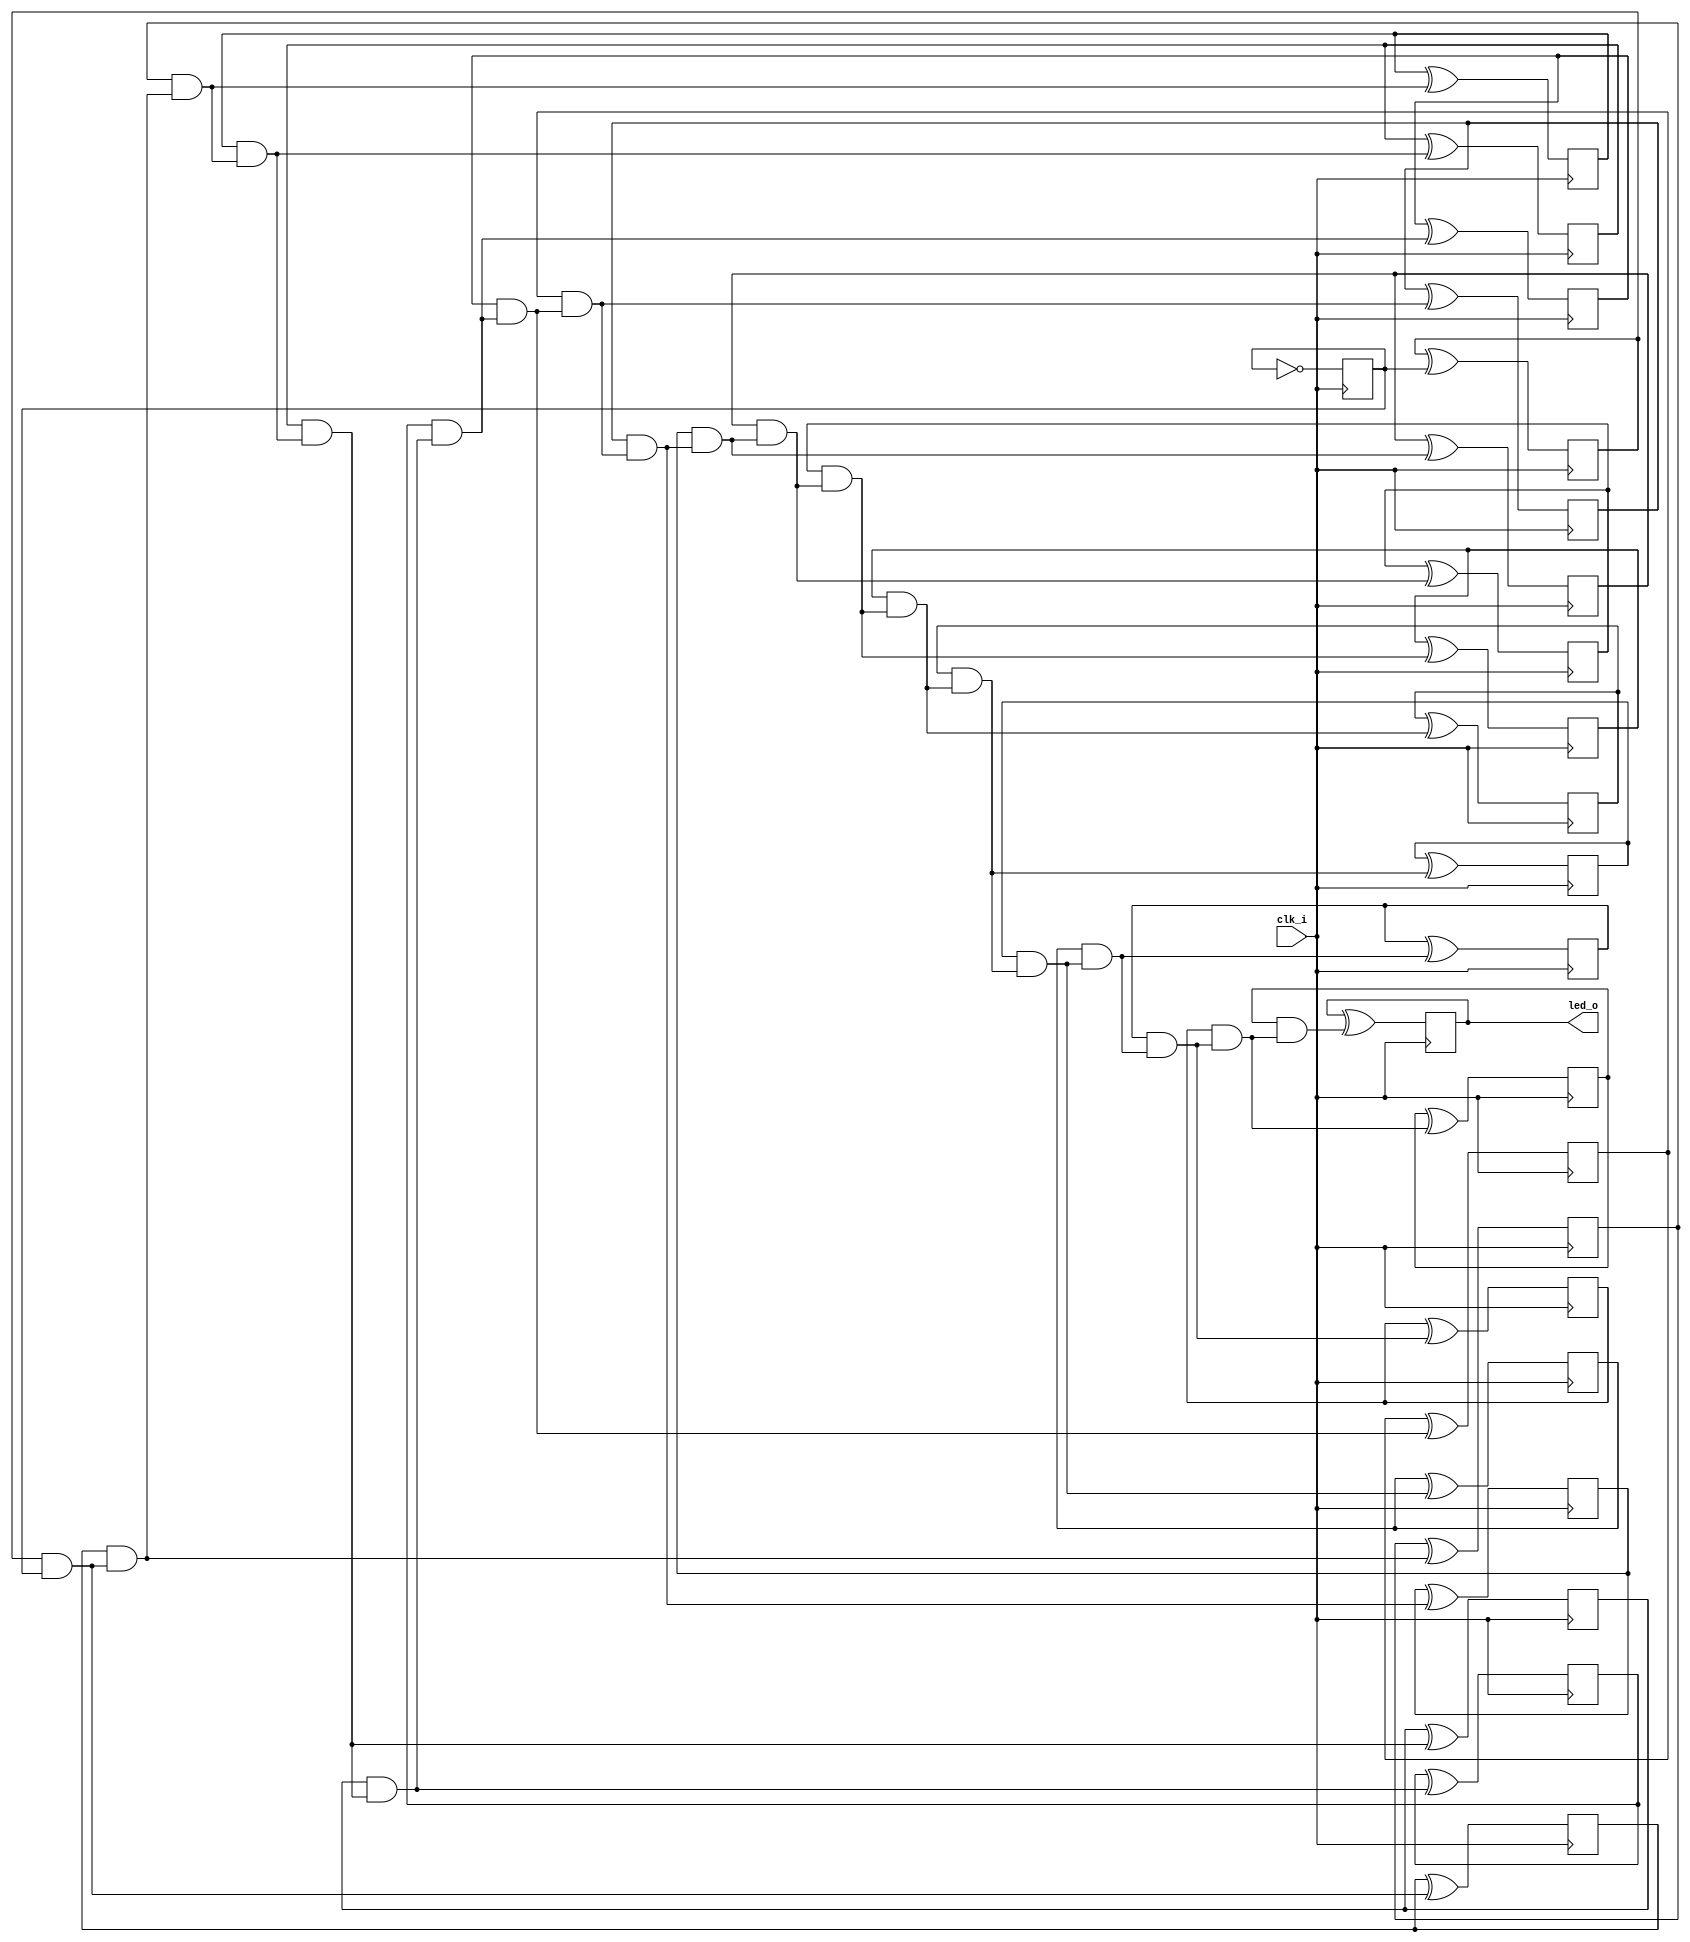
// Generated by MyHDL 0.11


`timescale 1ns/10ps

module blinker (
    clk_i,
    led_o
);
// Inputs:
//   clk_i:  This is a clock signal input.
//   length: This is the number of bits in the counter that generates the led_o output.
// Outputs:
//   led_o:  This is an output signal that drives an LED on and off.

input clk_i;
output led_o;
wire led_o;

wire [21:0] cnt;
wire [21:0] chunk_insts_0_next_cnt;
wire [21:0] chunk_insts_0_one;
reg chunk_insts_0_k_chunk_insts_0_q_o;
reg chunk_insts_0_k_chunk_insts_3_q_o;
reg chunk_insts_0_k_k_q_o;
reg chunk_insts_0_k_chunk_insts_18_q_o;
reg chunk_insts_0_k_chunk_insts_21_q_o;
reg chunk_insts_0_k_chunk_insts_15_q_o;
reg chunk_insts_0_k_chunk_insts_20_q_o;
reg chunk_insts_0_k_chunk_insts_19_q_o;
reg chunk_insts_0_k_chunk_insts_17_q_o;
reg chunk_insts_0_k_chunk_insts_16_q_o;
reg chunk_insts_0_k_chunk_insts_14_q_o;
reg chunk_insts_0_k_chunk_insts_13_q_o;
reg chunk_insts_0_k_chunk_insts_12_q_o;
reg chunk_insts_0_k_chunk_insts_1_q_o;
reg chunk_insts_0_k_chunk_insts_9_q_o;
reg chunk_insts_0_k_chunk_insts_8_q_o;
reg chunk_insts_0_k_chunk_insts_11_q_o;
reg chunk_insts_0_k_chunk_insts_4_q_o;
reg chunk_insts_0_k_chunk_insts_10_q_o;
reg chunk_insts_0_k_chunk_insts_2_q_o;
reg chunk_insts_0_k_chunk_insts_7_q_o;
reg chunk_insts_0_k_chunk_insts_6_q_o;
wire [21:0] chunk_insts_0_k_chunk_insts_6_chunk_insts_5_a;
wire [22:0] chunk_insts_0_chunk_insts_0_c;
wire chunk_insts_0_chunk_insts_0_chunk_insts_10_s_o;
wire chunk_insts_0_chunk_insts_0_chunk_insts_10_c_o;
wire chunk_insts_0_chunk_insts_0_chunk_insts_12_s_o;
wire chunk_insts_0_chunk_insts_0_chunk_insts_12_c_o;
wire chunk_insts_0_chunk_insts_0_chunk_insts_11_s_o;
wire chunk_insts_0_chunk_insts_0_chunk_insts_11_c_o;
wire chunk_insts_0_chunk_insts_0_chunk_insts_9_s_o;
wire chunk_insts_0_chunk_insts_0_chunk_insts_9_c_o;
wire chunk_insts_0_chunk_insts_0_chunk_insts_8_s_o;
wire chunk_insts_0_chunk_insts_0_chunk_insts_8_c_o;
wire chunk_insts_0_chunk_insts_0_chunk_insts_7_s_o;
wire chunk_insts_0_chunk_insts_0_chunk_insts_7_c_o;
wire chunk_insts_0_chunk_insts_0_chunk_insts_6_s_o;
wire chunk_insts_0_chunk_insts_0_chunk_insts_6_c_o;
wire chunk_insts_0_chunk_insts_0_chunk_insts_5_s_o;
wire chunk_insts_0_chunk_insts_0_chunk_insts_5_c_o;
wire chunk_insts_0_chunk_insts_0_chunk_insts_1_s_o;
wire chunk_insts_0_chunk_insts_0_chunk_insts_1_c_o;
wire chunk_insts_0_chunk_insts_0_chunk_insts_4_s_o;
wire chunk_insts_0_chunk_insts_0_chunk_insts_4_c_o;
wire chunk_insts_0_chunk_insts_0_chunk_insts_3_s_o;
wire chunk_insts_0_chunk_insts_0_chunk_insts_3_c_o;
wire chunk_insts_0_chunk_insts_0_chunk_insts_2_s_o;
wire chunk_insts_0_chunk_insts_0_chunk_insts_2_c_o;
wire chunk_insts_0_chunk_insts_0_chunk_insts_0_s_o;
wire chunk_insts_0_chunk_insts_0_chunk_insts_0_c_o;
wire chunk_insts_0_chunk_insts_0_chunk_insts_16_s_o;
wire chunk_insts_0_chunk_insts_0_chunk_insts_16_c_o;
wire chunk_insts_0_chunk_insts_0_chunk_insts_15_s_o;
wire chunk_insts_0_chunk_insts_0_chunk_insts_15_c_o;
wire chunk_insts_0_chunk_insts_0_chunk_insts_17_s_o;
wire chunk_insts_0_chunk_insts_0_chunk_insts_17_c_o;
wire chunk_insts_0_chunk_insts_0_chunk_insts_22_s_o;
wire chunk_insts_0_chunk_insts_0_chunk_insts_22_c_o;
wire chunk_insts_0_chunk_insts_0_chunk_insts_18_s_o;
wire chunk_insts_0_chunk_insts_0_chunk_insts_18_c_o;
wire chunk_insts_0_chunk_insts_0_chunk_insts_19_s_o;
wire chunk_insts_0_chunk_insts_0_chunk_insts_19_c_o;
wire chunk_insts_0_chunk_insts_0_chunk_insts_13_s_o;
wire chunk_insts_0_chunk_insts_0_chunk_insts_13_c_o;
wire chunk_insts_0_chunk_insts_0_chunk_insts_21_s_o;
wire chunk_insts_0_chunk_insts_0_chunk_insts_21_c_o;
wire chunk_insts_0_chunk_insts_0_k_s_o;
wire chunk_insts_0_chunk_insts_0_k_c_o;
wire [21:0] chunk_insts_0_chunk_insts_0_k_chunk_insts_20_a;
wire [22:0] chunk_insts_0_chunk_insts_0_k_chunk_insts_14_a;

assign chunk_insts_0_one = 22'd1;
assign chunk_insts_0_k_chunk_insts_6_chunk_insts_5_a[21] = chunk_insts_0_k_chunk_insts_0_q_o;
assign chunk_insts_0_k_chunk_insts_6_chunk_insts_5_a[20] = chunk_insts_0_k_chunk_insts_3_q_o;
assign chunk_insts_0_k_chunk_insts_6_chunk_insts_5_a[19] = chunk_insts_0_k_k_q_o;
assign chunk_insts_0_k_chunk_insts_6_chunk_insts_5_a[18] = chunk_insts_0_k_chunk_insts_18_q_o;
assign chunk_insts_0_k_chunk_insts_6_chunk_insts_5_a[17] = chunk_insts_0_k_chunk_insts_21_q_o;
assign chunk_insts_0_k_chunk_insts_6_chunk_insts_5_a[16] = chunk_insts_0_k_chunk_insts_15_q_o;
assign chunk_insts_0_k_chunk_insts_6_chunk_insts_5_a[15] = chunk_insts_0_k_chunk_insts_20_q_o;
assign chunk_insts_0_k_chunk_insts_6_chunk_insts_5_a[14] = chunk_insts_0_k_chunk_insts_19_q_o;
assign chunk_insts_0_k_chunk_insts_6_chunk_insts_5_a[13] = chunk_insts_0_k_chunk_insts_17_q_o;
assign chunk_insts_0_k_chunk_insts_6_chunk_insts_5_a[12] = chunk_insts_0_k_chunk_insts_16_q_o;
assign chunk_insts_0_k_chunk_insts_6_chunk_insts_5_a[11] = chunk_insts_0_k_chunk_insts_14_q_o;
assign chunk_insts_0_k_chunk_insts_6_chunk_insts_5_a[10] = chunk_insts_0_k_chunk_insts_13_q_o;
assign chunk_insts_0_k_chunk_insts_6_chunk_insts_5_a[9] = chunk_insts_0_k_chunk_insts_12_q_o;
assign chunk_insts_0_k_chunk_insts_6_chunk_insts_5_a[8] = chunk_insts_0_k_chunk_insts_1_q_o;
assign chunk_insts_0_k_chunk_insts_6_chunk_insts_5_a[7] = chunk_insts_0_k_chunk_insts_9_q_o;
assign chunk_insts_0_k_chunk_insts_6_chunk_insts_5_a[6] = chunk_insts_0_k_chunk_insts_8_q_o;
assign chunk_insts_0_k_chunk_insts_6_chunk_insts_5_a[5] = chunk_insts_0_k_chunk_insts_11_q_o;
assign chunk_insts_0_k_chunk_insts_6_chunk_insts_5_a[4] = chunk_insts_0_k_chunk_insts_4_q_o;
assign chunk_insts_0_k_chunk_insts_6_chunk_insts_5_a[3] = chunk_insts_0_k_chunk_insts_10_q_o;
assign chunk_insts_0_k_chunk_insts_6_chunk_insts_5_a[2] = chunk_insts_0_k_chunk_insts_2_q_o;
assign chunk_insts_0_k_chunk_insts_6_chunk_insts_5_a[1] = chunk_insts_0_k_chunk_insts_7_q_o;
assign chunk_insts_0_k_chunk_insts_6_chunk_insts_5_a[0] = chunk_insts_0_k_chunk_insts_6_q_o;
assign chunk_insts_0_chunk_insts_0_k_chunk_insts_20_a[21] = chunk_insts_0_chunk_insts_0_chunk_insts_10_s_o;
assign chunk_insts_0_chunk_insts_0_k_chunk_insts_20_a[20] = chunk_insts_0_chunk_insts_0_chunk_insts_12_s_o;
assign chunk_insts_0_chunk_insts_0_k_chunk_insts_20_a[19] = chunk_insts_0_chunk_insts_0_chunk_insts_11_s_o;
assign chunk_insts_0_chunk_insts_0_k_chunk_insts_20_a[18] = chunk_insts_0_chunk_insts_0_chunk_insts_9_s_o;
assign chunk_insts_0_chunk_insts_0_k_chunk_insts_20_a[17] = chunk_insts_0_chunk_insts_0_chunk_insts_8_s_o;
assign chunk_insts_0_chunk_insts_0_k_chunk_insts_20_a[16] = chunk_insts_0_chunk_insts_0_chunk_insts_7_s_o;
assign chunk_insts_0_chunk_insts_0_k_chunk_insts_20_a[15] = chunk_insts_0_chunk_insts_0_chunk_insts_6_s_o;
assign chunk_insts_0_chunk_insts_0_k_chunk_insts_20_a[14] = chunk_insts_0_chunk_insts_0_chunk_insts_5_s_o;
assign chunk_insts_0_chunk_insts_0_k_chunk_insts_20_a[13] = chunk_insts_0_chunk_insts_0_chunk_insts_1_s_o;
assign chunk_insts_0_chunk_insts_0_k_chunk_insts_20_a[12] = chunk_insts_0_chunk_insts_0_chunk_insts_4_s_o;
assign chunk_insts_0_chunk_insts_0_k_chunk_insts_20_a[11] = chunk_insts_0_chunk_insts_0_chunk_insts_3_s_o;
assign chunk_insts_0_chunk_insts_0_k_chunk_insts_20_a[10] = chunk_insts_0_chunk_insts_0_chunk_insts_2_s_o;
assign chunk_insts_0_chunk_insts_0_k_chunk_insts_20_a[9] = chunk_insts_0_chunk_insts_0_chunk_insts_0_s_o;
assign chunk_insts_0_chunk_insts_0_k_chunk_insts_20_a[8] = chunk_insts_0_chunk_insts_0_chunk_insts_16_s_o;
assign chunk_insts_0_chunk_insts_0_k_chunk_insts_20_a[7] = chunk_insts_0_chunk_insts_0_chunk_insts_15_s_o;
assign chunk_insts_0_chunk_insts_0_k_chunk_insts_20_a[6] = chunk_insts_0_chunk_insts_0_chunk_insts_17_s_o;
assign chunk_insts_0_chunk_insts_0_k_chunk_insts_20_a[5] = chunk_insts_0_chunk_insts_0_chunk_insts_22_s_o;
assign chunk_insts_0_chunk_insts_0_k_chunk_insts_20_a[4] = chunk_insts_0_chunk_insts_0_chunk_insts_18_s_o;
assign chunk_insts_0_chunk_insts_0_k_chunk_insts_20_a[3] = chunk_insts_0_chunk_insts_0_chunk_insts_19_s_o;
assign chunk_insts_0_chunk_insts_0_k_chunk_insts_20_a[2] = chunk_insts_0_chunk_insts_0_chunk_insts_13_s_o;
assign chunk_insts_0_chunk_insts_0_k_chunk_insts_20_a[1] = chunk_insts_0_chunk_insts_0_chunk_insts_21_s_o;
assign chunk_insts_0_chunk_insts_0_k_chunk_insts_20_a[0] = chunk_insts_0_chunk_insts_0_k_s_o;
assign chunk_insts_0_chunk_insts_0_k_chunk_insts_14_a[22] = chunk_insts_0_chunk_insts_0_chunk_insts_10_c_o;
assign chunk_insts_0_chunk_insts_0_k_chunk_insts_14_a[21] = chunk_insts_0_chunk_insts_0_chunk_insts_12_c_o;
assign chunk_insts_0_chunk_insts_0_k_chunk_insts_14_a[20] = chunk_insts_0_chunk_insts_0_chunk_insts_11_c_o;
assign chunk_insts_0_chunk_insts_0_k_chunk_insts_14_a[19] = chunk_insts_0_chunk_insts_0_chunk_insts_9_c_o;
assign chunk_insts_0_chunk_insts_0_k_chunk_insts_14_a[18] = chunk_insts_0_chunk_insts_0_chunk_insts_8_c_o;
assign chunk_insts_0_chunk_insts_0_k_chunk_insts_14_a[17] = chunk_insts_0_chunk_insts_0_chunk_insts_7_c_o;
assign chunk_insts_0_chunk_insts_0_k_chunk_insts_14_a[16] = chunk_insts_0_chunk_insts_0_chunk_insts_6_c_o;
assign chunk_insts_0_chunk_insts_0_k_chunk_insts_14_a[15] = chunk_insts_0_chunk_insts_0_chunk_insts_5_c_o;
assign chunk_insts_0_chunk_insts_0_k_chunk_insts_14_a[14] = chunk_insts_0_chunk_insts_0_chunk_insts_1_c_o;
assign chunk_insts_0_chunk_insts_0_k_chunk_insts_14_a[13] = chunk_insts_0_chunk_insts_0_chunk_insts_4_c_o;
assign chunk_insts_0_chunk_insts_0_k_chunk_insts_14_a[12] = chunk_insts_0_chunk_insts_0_chunk_insts_3_c_o;
assign chunk_insts_0_chunk_insts_0_k_chunk_insts_14_a[11] = chunk_insts_0_chunk_insts_0_chunk_insts_2_c_o;
assign chunk_insts_0_chunk_insts_0_k_chunk_insts_14_a[10] = chunk_insts_0_chunk_insts_0_chunk_insts_0_c_o;
assign chunk_insts_0_chunk_insts_0_k_chunk_insts_14_a[9] = chunk_insts_0_chunk_insts_0_chunk_insts_16_c_o;
assign chunk_insts_0_chunk_insts_0_k_chunk_insts_14_a[8] = chunk_insts_0_chunk_insts_0_chunk_insts_15_c_o;
assign chunk_insts_0_chunk_insts_0_k_chunk_insts_14_a[7] = chunk_insts_0_chunk_insts_0_chunk_insts_17_c_o;
assign chunk_insts_0_chunk_insts_0_k_chunk_insts_14_a[6] = chunk_insts_0_chunk_insts_0_chunk_insts_22_c_o;
assign chunk_insts_0_chunk_insts_0_k_chunk_insts_14_a[5] = chunk_insts_0_chunk_insts_0_chunk_insts_18_c_o;
assign chunk_insts_0_chunk_insts_0_k_chunk_insts_14_a[4] = chunk_insts_0_chunk_insts_0_chunk_insts_19_c_o;
assign chunk_insts_0_chunk_insts_0_k_chunk_insts_14_a[3] = chunk_insts_0_chunk_insts_0_chunk_insts_13_c_o;
assign chunk_insts_0_chunk_insts_0_k_chunk_insts_14_a[2] = chunk_insts_0_chunk_insts_0_chunk_insts_21_c_o;
assign chunk_insts_0_chunk_insts_0_k_chunk_insts_14_a[1] = chunk_insts_0_chunk_insts_0_k_c_o;
assign chunk_insts_0_chunk_insts_0_k_chunk_insts_14_a[0] = 0;



assign chunk_insts_0_chunk_insts_0_chunk_insts_0_s_o = ((chunk_insts_0_one[9] ^ cnt[9]) ^ chunk_insts_0_chunk_insts_0_c[9]);
assign chunk_insts_0_chunk_insts_0_chunk_insts_0_c_o = (((chunk_insts_0_one[9] & cnt[9]) | (chunk_insts_0_one[9] & chunk_insts_0_chunk_insts_0_c[9])) | (cnt[9] & chunk_insts_0_chunk_insts_0_c[9]));



assign chunk_insts_0_chunk_insts_0_chunk_insts_1_s_o = ((chunk_insts_0_one[13] ^ cnt[13]) ^ chunk_insts_0_chunk_insts_0_c[13]);
assign chunk_insts_0_chunk_insts_0_chunk_insts_1_c_o = (((chunk_insts_0_one[13] & cnt[13]) | (chunk_insts_0_one[13] & chunk_insts_0_chunk_insts_0_c[13])) | (cnt[13] & chunk_insts_0_chunk_insts_0_c[13]));



assign chunk_insts_0_chunk_insts_0_chunk_insts_2_s_o = ((chunk_insts_0_one[10] ^ cnt[10]) ^ chunk_insts_0_chunk_insts_0_c[10]);
assign chunk_insts_0_chunk_insts_0_chunk_insts_2_c_o = (((chunk_insts_0_one[10] & cnt[10]) | (chunk_insts_0_one[10] & chunk_insts_0_chunk_insts_0_c[10])) | (cnt[10] & chunk_insts_0_chunk_insts_0_c[10]));



assign chunk_insts_0_chunk_insts_0_chunk_insts_3_s_o = ((chunk_insts_0_one[11] ^ cnt[11]) ^ chunk_insts_0_chunk_insts_0_c[11]);
assign chunk_insts_0_chunk_insts_0_chunk_insts_3_c_o = (((chunk_insts_0_one[11] & cnt[11]) | (chunk_insts_0_one[11] & chunk_insts_0_chunk_insts_0_c[11])) | (cnt[11] & chunk_insts_0_chunk_insts_0_c[11]));



assign chunk_insts_0_chunk_insts_0_chunk_insts_4_s_o = ((chunk_insts_0_one[12] ^ cnt[12]) ^ chunk_insts_0_chunk_insts_0_c[12]);
assign chunk_insts_0_chunk_insts_0_chunk_insts_4_c_o = (((chunk_insts_0_one[12] & cnt[12]) | (chunk_insts_0_one[12] & chunk_insts_0_chunk_insts_0_c[12])) | (cnt[12] & chunk_insts_0_chunk_insts_0_c[12]));



assign chunk_insts_0_chunk_insts_0_chunk_insts_5_s_o = ((chunk_insts_0_one[14] ^ cnt[14]) ^ chunk_insts_0_chunk_insts_0_c[14]);
assign chunk_insts_0_chunk_insts_0_chunk_insts_5_c_o = (((chunk_insts_0_one[14] & cnt[14]) | (chunk_insts_0_one[14] & chunk_insts_0_chunk_insts_0_c[14])) | (cnt[14] & chunk_insts_0_chunk_insts_0_c[14]));



assign chunk_insts_0_chunk_insts_0_chunk_insts_6_s_o = ((chunk_insts_0_one[15] ^ cnt[15]) ^ chunk_insts_0_chunk_insts_0_c[15]);
assign chunk_insts_0_chunk_insts_0_chunk_insts_6_c_o = (((chunk_insts_0_one[15] & cnt[15]) | (chunk_insts_0_one[15] & chunk_insts_0_chunk_insts_0_c[15])) | (cnt[15] & chunk_insts_0_chunk_insts_0_c[15]));



assign chunk_insts_0_chunk_insts_0_chunk_insts_7_s_o = ((chunk_insts_0_one[16] ^ cnt[16]) ^ chunk_insts_0_chunk_insts_0_c[16]);
assign chunk_insts_0_chunk_insts_0_chunk_insts_7_c_o = (((chunk_insts_0_one[16] & cnt[16]) | (chunk_insts_0_one[16] & chunk_insts_0_chunk_insts_0_c[16])) | (cnt[16] & chunk_insts_0_chunk_insts_0_c[16]));



assign chunk_insts_0_chunk_insts_0_chunk_insts_8_s_o = ((chunk_insts_0_one[17] ^ cnt[17]) ^ chunk_insts_0_chunk_insts_0_c[17]);
assign chunk_insts_0_chunk_insts_0_chunk_insts_8_c_o = (((chunk_insts_0_one[17] & cnt[17]) | (chunk_insts_0_one[17] & chunk_insts_0_chunk_insts_0_c[17])) | (cnt[17] & chunk_insts_0_chunk_insts_0_c[17]));



assign chunk_insts_0_chunk_insts_0_chunk_insts_9_s_o = ((chunk_insts_0_one[18] ^ cnt[18]) ^ chunk_insts_0_chunk_insts_0_c[18]);
assign chunk_insts_0_chunk_insts_0_chunk_insts_9_c_o = (((chunk_insts_0_one[18] & cnt[18]) | (chunk_insts_0_one[18] & chunk_insts_0_chunk_insts_0_c[18])) | (cnt[18] & chunk_insts_0_chunk_insts_0_c[18]));



assign chunk_insts_0_chunk_insts_0_chunk_insts_10_s_o = ((chunk_insts_0_one[21] ^ cnt[21]) ^ chunk_insts_0_chunk_insts_0_c[21]);
assign chunk_insts_0_chunk_insts_0_chunk_insts_10_c_o = (((chunk_insts_0_one[21] & cnt[21]) | (chunk_insts_0_one[21] & chunk_insts_0_chunk_insts_0_c[21])) | (cnt[21] & chunk_insts_0_chunk_insts_0_c[21]));



assign chunk_insts_0_chunk_insts_0_chunk_insts_11_s_o = ((chunk_insts_0_one[19] ^ cnt[19]) ^ chunk_insts_0_chunk_insts_0_c[19]);
assign chunk_insts_0_chunk_insts_0_chunk_insts_11_c_o = (((chunk_insts_0_one[19] & cnt[19]) | (chunk_insts_0_one[19] & chunk_insts_0_chunk_insts_0_c[19])) | (cnt[19] & chunk_insts_0_chunk_insts_0_c[19]));



assign chunk_insts_0_chunk_insts_0_chunk_insts_12_s_o = ((chunk_insts_0_one[20] ^ cnt[20]) ^ chunk_insts_0_chunk_insts_0_c[20]);
assign chunk_insts_0_chunk_insts_0_chunk_insts_12_c_o = (((chunk_insts_0_one[20] & cnt[20]) | (chunk_insts_0_one[20] & chunk_insts_0_chunk_insts_0_c[20])) | (cnt[20] & chunk_insts_0_chunk_insts_0_c[20]));



assign chunk_insts_0_chunk_insts_0_chunk_insts_13_s_o = ((chunk_insts_0_one[2] ^ cnt[2]) ^ chunk_insts_0_chunk_insts_0_c[2]);
assign chunk_insts_0_chunk_insts_0_chunk_insts_13_c_o = (((chunk_insts_0_one[2] & cnt[2]) | (chunk_insts_0_one[2] & chunk_insts_0_chunk_insts_0_c[2])) | (cnt[2] & chunk_insts_0_chunk_insts_0_c[2]));



assign chunk_insts_0_chunk_insts_0_c = chunk_insts_0_chunk_insts_0_k_chunk_insts_14_a;



assign chunk_insts_0_chunk_insts_0_chunk_insts_15_s_o = ((chunk_insts_0_one[7] ^ cnt[7]) ^ chunk_insts_0_chunk_insts_0_c[7]);
assign chunk_insts_0_chunk_insts_0_chunk_insts_15_c_o = (((chunk_insts_0_one[7] & cnt[7]) | (chunk_insts_0_one[7] & chunk_insts_0_chunk_insts_0_c[7])) | (cnt[7] & chunk_insts_0_chunk_insts_0_c[7]));



assign chunk_insts_0_chunk_insts_0_chunk_insts_16_s_o = ((chunk_insts_0_one[8] ^ cnt[8]) ^ chunk_insts_0_chunk_insts_0_c[8]);
assign chunk_insts_0_chunk_insts_0_chunk_insts_16_c_o = (((chunk_insts_0_one[8] & cnt[8]) | (chunk_insts_0_one[8] & chunk_insts_0_chunk_insts_0_c[8])) | (cnt[8] & chunk_insts_0_chunk_insts_0_c[8]));



assign chunk_insts_0_chunk_insts_0_chunk_insts_17_s_o = ((chunk_insts_0_one[6] ^ cnt[6]) ^ chunk_insts_0_chunk_insts_0_c[6]);
assign chunk_insts_0_chunk_insts_0_chunk_insts_17_c_o = (((chunk_insts_0_one[6] & cnt[6]) | (chunk_insts_0_one[6] & chunk_insts_0_chunk_insts_0_c[6])) | (cnt[6] & chunk_insts_0_chunk_insts_0_c[6]));



assign chunk_insts_0_chunk_insts_0_chunk_insts_18_s_o = ((chunk_insts_0_one[4] ^ cnt[4]) ^ chunk_insts_0_chunk_insts_0_c[4]);
assign chunk_insts_0_chunk_insts_0_chunk_insts_18_c_o = (((chunk_insts_0_one[4] & cnt[4]) | (chunk_insts_0_one[4] & chunk_insts_0_chunk_insts_0_c[4])) | (cnt[4] & chunk_insts_0_chunk_insts_0_c[4]));



assign chunk_insts_0_chunk_insts_0_chunk_insts_19_s_o = ((chunk_insts_0_one[3] ^ cnt[3]) ^ chunk_insts_0_chunk_insts_0_c[3]);
assign chunk_insts_0_chunk_insts_0_chunk_insts_19_c_o = (((chunk_insts_0_one[3] & cnt[3]) | (chunk_insts_0_one[3] & chunk_insts_0_chunk_insts_0_c[3])) | (cnt[3] & chunk_insts_0_chunk_insts_0_c[3]));



assign chunk_insts_0_next_cnt = chunk_insts_0_chunk_insts_0_k_chunk_insts_20_a;



assign chunk_insts_0_chunk_insts_0_chunk_insts_21_s_o = ((chunk_insts_0_one[1] ^ cnt[1]) ^ chunk_insts_0_chunk_insts_0_c[1]);
assign chunk_insts_0_chunk_insts_0_chunk_insts_21_c_o = (((chunk_insts_0_one[1] & cnt[1]) | (chunk_insts_0_one[1] & chunk_insts_0_chunk_insts_0_c[1])) | (cnt[1] & chunk_insts_0_chunk_insts_0_c[1]));



assign chunk_insts_0_chunk_insts_0_chunk_insts_22_s_o = ((chunk_insts_0_one[5] ^ cnt[5]) ^ chunk_insts_0_chunk_insts_0_c[5]);
assign chunk_insts_0_chunk_insts_0_chunk_insts_22_c_o = (((chunk_insts_0_one[5] & cnt[5]) | (chunk_insts_0_one[5] & chunk_insts_0_chunk_insts_0_c[5])) | (cnt[5] & chunk_insts_0_chunk_insts_0_c[5]));



assign chunk_insts_0_chunk_insts_0_k_s_o = ((chunk_insts_0_one[0] ^ cnt[0]) ^ chunk_insts_0_chunk_insts_0_c[0]);
assign chunk_insts_0_chunk_insts_0_k_c_o = (((chunk_insts_0_one[0] & cnt[0]) | (chunk_insts_0_one[0] & chunk_insts_0_chunk_insts_0_c[0])) | (cnt[0] & chunk_insts_0_chunk_insts_0_c[0]));


always @(posedge clk_i) begin: BLINKER_LOC_INSTS_CHUNK_INSTS_0_LOC_INSTS_CHUNK_INSTS_K_LOC_INSTS_CHUNK_INSTS_0_LOC_INSTS_CHUNK_INSTS_K
    chunk_insts_0_k_chunk_insts_0_q_o <= chunk_insts_0_next_cnt[21];
end


always @(posedge clk_i) begin: BLINKER_LOC_INSTS_CHUNK_INSTS_0_LOC_INSTS_CHUNK_INSTS_K_LOC_INSTS_CHUNK_INSTS_1_LOC_INSTS_CHUNK_INSTS_K
    chunk_insts_0_k_chunk_insts_1_q_o <= chunk_insts_0_next_cnt[8];
end


always @(posedge clk_i) begin: BLINKER_LOC_INSTS_CHUNK_INSTS_0_LOC_INSTS_CHUNK_INSTS_K_LOC_INSTS_CHUNK_INSTS_2_LOC_INSTS_CHUNK_INSTS_K
    chunk_insts_0_k_chunk_insts_2_q_o <= chunk_insts_0_next_cnt[2];
end


always @(posedge clk_i) begin: BLINKER_LOC_INSTS_CHUNK_INSTS_0_LOC_INSTS_CHUNK_INSTS_K_LOC_INSTS_CHUNK_INSTS_3_LOC_INSTS_CHUNK_INSTS_K
    chunk_insts_0_k_chunk_insts_3_q_o <= chunk_insts_0_next_cnt[20];
end


always @(posedge clk_i) begin: BLINKER_LOC_INSTS_CHUNK_INSTS_0_LOC_INSTS_CHUNK_INSTS_K_LOC_INSTS_CHUNK_INSTS_4_LOC_INSTS_CHUNK_INSTS_K
    chunk_insts_0_k_chunk_insts_4_q_o <= chunk_insts_0_next_cnt[4];
end



assign cnt = chunk_insts_0_k_chunk_insts_6_chunk_insts_5_a;


always @(posedge clk_i) begin: BLINKER_LOC_INSTS_CHUNK_INSTS_0_LOC_INSTS_CHUNK_INSTS_K_LOC_INSTS_CHUNK_INSTS_6_LOC_INSTS_CHUNK_INSTS_K
    chunk_insts_0_k_chunk_insts_6_q_o <= chunk_insts_0_next_cnt[0];
end


always @(posedge clk_i) begin: BLINKER_LOC_INSTS_CHUNK_INSTS_0_LOC_INSTS_CHUNK_INSTS_K_LOC_INSTS_CHUNK_INSTS_7_LOC_INSTS_CHUNK_INSTS_K
    chunk_insts_0_k_chunk_insts_7_q_o <= chunk_insts_0_next_cnt[1];
end


always @(posedge clk_i) begin: BLINKER_LOC_INSTS_CHUNK_INSTS_0_LOC_INSTS_CHUNK_INSTS_K_LOC_INSTS_CHUNK_INSTS_8_LOC_INSTS_CHUNK_INSTS_K
    chunk_insts_0_k_chunk_insts_8_q_o <= chunk_insts_0_next_cnt[6];
end


always @(posedge clk_i) begin: BLINKER_LOC_INSTS_CHUNK_INSTS_0_LOC_INSTS_CHUNK_INSTS_K_LOC_INSTS_CHUNK_INSTS_9_LOC_INSTS_CHUNK_INSTS_K
    chunk_insts_0_k_chunk_insts_9_q_o <= chunk_insts_0_next_cnt[7];
end


always @(posedge clk_i) begin: BLINKER_LOC_INSTS_CHUNK_INSTS_0_LOC_INSTS_CHUNK_INSTS_K_LOC_INSTS_CHUNK_INSTS_10_LOC_INSTS_CHUNK_INSTS_K
    chunk_insts_0_k_chunk_insts_10_q_o <= chunk_insts_0_next_cnt[3];
end


always @(posedge clk_i) begin: BLINKER_LOC_INSTS_CHUNK_INSTS_0_LOC_INSTS_CHUNK_INSTS_K_LOC_INSTS_CHUNK_INSTS_11_LOC_INSTS_CHUNK_INSTS_K
    chunk_insts_0_k_chunk_insts_11_q_o <= chunk_insts_0_next_cnt[5];
end


always @(posedge clk_i) begin: BLINKER_LOC_INSTS_CHUNK_INSTS_0_LOC_INSTS_CHUNK_INSTS_K_LOC_INSTS_CHUNK_INSTS_12_LOC_INSTS_CHUNK_INSTS_K
    chunk_insts_0_k_chunk_insts_12_q_o <= chunk_insts_0_next_cnt[9];
end


always @(posedge clk_i) begin: BLINKER_LOC_INSTS_CHUNK_INSTS_0_LOC_INSTS_CHUNK_INSTS_K_LOC_INSTS_CHUNK_INSTS_13_LOC_INSTS_CHUNK_INSTS_K
    chunk_insts_0_k_chunk_insts_13_q_o <= chunk_insts_0_next_cnt[10];
end


always @(posedge clk_i) begin: BLINKER_LOC_INSTS_CHUNK_INSTS_0_LOC_INSTS_CHUNK_INSTS_K_LOC_INSTS_CHUNK_INSTS_14_LOC_INSTS_CHUNK_INSTS_K
    chunk_insts_0_k_chunk_insts_14_q_o <= chunk_insts_0_next_cnt[11];
end


always @(posedge clk_i) begin: BLINKER_LOC_INSTS_CHUNK_INSTS_0_LOC_INSTS_CHUNK_INSTS_K_LOC_INSTS_CHUNK_INSTS_15_LOC_INSTS_CHUNK_INSTS_K
    chunk_insts_0_k_chunk_insts_15_q_o <= chunk_insts_0_next_cnt[16];
end


always @(posedge clk_i) begin: BLINKER_LOC_INSTS_CHUNK_INSTS_0_LOC_INSTS_CHUNK_INSTS_K_LOC_INSTS_CHUNK_INSTS_16_LOC_INSTS_CHUNK_INSTS_K
    chunk_insts_0_k_chunk_insts_16_q_o <= chunk_insts_0_next_cnt[12];
end


always @(posedge clk_i) begin: BLINKER_LOC_INSTS_CHUNK_INSTS_0_LOC_INSTS_CHUNK_INSTS_K_LOC_INSTS_CHUNK_INSTS_17_LOC_INSTS_CHUNK_INSTS_K
    chunk_insts_0_k_chunk_insts_17_q_o <= chunk_insts_0_next_cnt[13];
end


always @(posedge clk_i) begin: BLINKER_LOC_INSTS_CHUNK_INSTS_0_LOC_INSTS_CHUNK_INSTS_K_LOC_INSTS_CHUNK_INSTS_18_LOC_INSTS_CHUNK_INSTS_K
    chunk_insts_0_k_chunk_insts_18_q_o <= chunk_insts_0_next_cnt[18];
end


always @(posedge clk_i) begin: BLINKER_LOC_INSTS_CHUNK_INSTS_0_LOC_INSTS_CHUNK_INSTS_K_LOC_INSTS_CHUNK_INSTS_19_LOC_INSTS_CHUNK_INSTS_K
    chunk_insts_0_k_chunk_insts_19_q_o <= chunk_insts_0_next_cnt[14];
end


always @(posedge clk_i) begin: BLINKER_LOC_INSTS_CHUNK_INSTS_0_LOC_INSTS_CHUNK_INSTS_K_LOC_INSTS_CHUNK_INSTS_20_LOC_INSTS_CHUNK_INSTS_K
    chunk_insts_0_k_chunk_insts_20_q_o <= chunk_insts_0_next_cnt[15];
end


always @(posedge clk_i) begin: BLINKER_LOC_INSTS_CHUNK_INSTS_0_LOC_INSTS_CHUNK_INSTS_K_LOC_INSTS_CHUNK_INSTS_21_LOC_INSTS_CHUNK_INSTS_K
    chunk_insts_0_k_chunk_insts_21_q_o <= chunk_insts_0_next_cnt[17];
end


always @(posedge clk_i) begin: BLINKER_LOC_INSTS_CHUNK_INSTS_0_LOC_INSTS_CHUNK_INSTS_K_LOC_INSTS_CHUNK_INSTS_K_LOC_INSTS_CHUNK_INSTS_K
    chunk_insts_0_k_k_q_o <= chunk_insts_0_next_cnt[19];
end



assign led_o = cnt[(22 - 1)];

endmodule